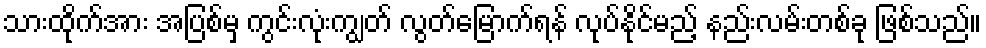
သားထိုက်အား အပြစ်မှ ကွင်းလုံးကျွတ် လွတ်မြောက်ရန် လုပ်နိုင်မည့် နည်းလမ်းတစ်ခု ဖြစ်သည်။